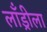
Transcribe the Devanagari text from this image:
लाँड्रीला